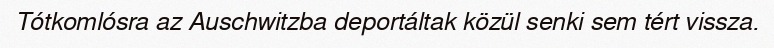
Tótkomlósra az Auschwitzba deportáltak közül senki sem tért vissza.